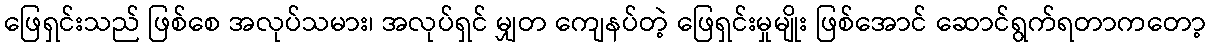
ဖြေရှင်းသည် ဖြစ်စေ အလုပ်သမား၊ အလုပ်ရှင် မျှတ ကျေနပ်တဲ့ ဖြေရှင်းမှုမျိုး ဖြစ်အောင် ဆောင်ရွက်ရတာကတော့